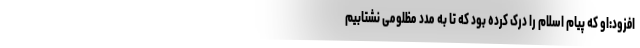
افزود:او که پیام اسلام را درک کرده بود که تا به مدد مظلومی نشتابیم